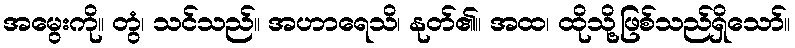
အမွေးကို။ တွံ၊ သင်သည်။ အဟာရေသိ၊ နုတ်၏။ အထ၊ ထိုသို့ဖြစ်သည်ရှိသော်။